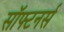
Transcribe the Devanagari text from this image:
सॉफ्टनर्स